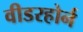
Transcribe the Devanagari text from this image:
वीडरहोर्न